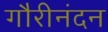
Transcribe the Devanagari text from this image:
गौरीनंदन